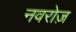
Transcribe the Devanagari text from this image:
नवरोज़